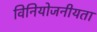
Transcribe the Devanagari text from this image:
विनियोजनीयता